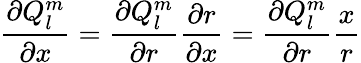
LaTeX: \frac{\partial Q_{l}^{m}}{\partial x}=\frac{\partial Q_{l}^{m}}{\partial r}\frac{\partial r}{\partial x}=\frac{\partial Q_{l}^{m}}{\partial r}\frac{x}{r}